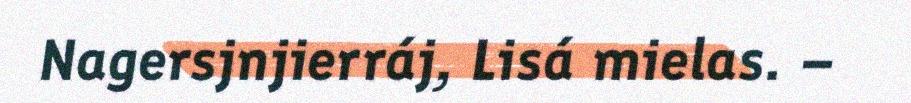
Nagersjnjierráj, Lisá mielas. –